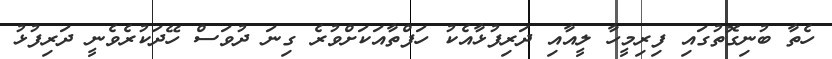
ހެތާ ބުނިގޮތުގައި ފިރިމީހާ ލީއާއި ދަރިފުޅާއެކު ހަފްތާއަކަށްވުރެ ގިނަ ދުވަސް ހޭދަކުރެވެނީ ދަރިފުޅު